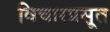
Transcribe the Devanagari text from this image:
विचारप्रसूत